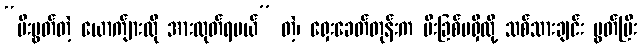
“မီးပွတ်တဲ့ ယောက်ျားလို အားထုတ်ရမယ်” တဲ့၊ ရှေးခေတ်တုန်းက မီးခြစ်မရှိလို့ သစ်သားချင်း ပွတ်ပြီး